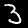
Digit: 3